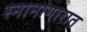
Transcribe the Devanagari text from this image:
स्नानागारात